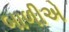
બાળીએ